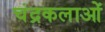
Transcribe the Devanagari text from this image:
चंद्रकलाओं